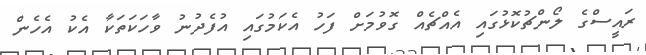
ރައީސްގެ ލޯންޗުކޮޅުގައި އެއްޗެއް ގޮވުމަށް ފަހު އެކަމުގައި އުފެދުނު ވާހަކަތަކާ އެކު އެހެން